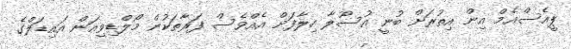
ޕީއެސްއެމް އިން އިތުރަށް ބުނީ އުސޫލާ ހިލާފަށް އެއްވެސް ފަރާތަކުން މޯލްޑިވިއަން އައިޑަލްގެ